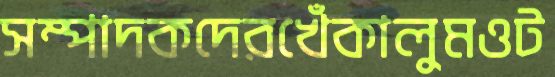
সম্পাদকদেরখেঁকালুমওট